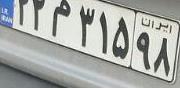
۲۲م۳۱۵۹۸